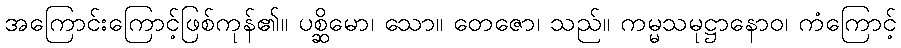
အကြောင်းကြောင့်ဖြစ်ကုန်၏။ ပစ္ဆိမော၊ သော။ တေဇော၊ သည်။ ကမ္မသမုဋ္ဌာနောဝ၊ ကံကြောင့်